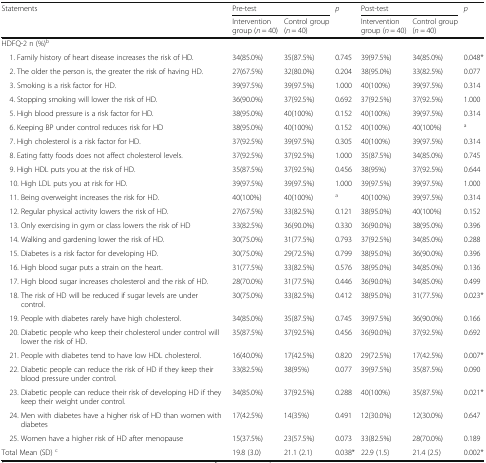
<table><thead><tr><td><b>Statements</b></td><td colspan="2"><b>Pre-test</b></td><td rowspan="2"><b><i>p</i></b></td><td colspan="2"><b>Post-test</b></td><td rowspan="2"><b><i>p</i></b></td></tr><tr><td></td><td><b>Intervention group (<i>n</i> = 40)</b></td><td><b>Control group (<i>n</i> = 40)</b></td><td><b>Intervention group (<i>n</i> = 40)</b></td><td><b>Control group (<i>n</i> = 40)</b></td></tr></thead><tbody><tr><td colspan="7">HDFQ-2 n (%)<sup>b</sup></td></tr><tr><td> 1. Family history of heart disease increases the risk of HD.</td><td>34(85.0%)</td><td>35(87.5%)</td><td>0.745</td><td>39(97.5%)</td><td>34(85.0%)</td><td>0.048*</td></tr><tr><td> 2. The older the person is, the greater the risk of having HD.</td><td>27(67.5%)</td><td>32(80.0%)</td><td>0.204</td><td>38(95.0%)</td><td>33(82.5%)</td><td>0.077</td></tr><tr><td> 3. Smoking is a risk factor for HD.</td><td>39(97.5%)</td><td>39(97.5%)</td><td>1.000</td><td>40(100%)</td><td>39(97.5%)</td><td>0.314</td></tr><tr><td> 4. Stopping smoking will lower the risk of HD.</td><td>36(90.0%)</td><td>37(92.5%)</td><td>0.692</td><td>37(92.5%)</td><td>37(92.5%)</td><td>1.000</td></tr><tr><td> 5. High blood pressure is a risk factor for HD.</td><td>38(95.0%)</td><td>40(100%)</td><td>0.152</td><td>40(100%)</td><td>39(97.5%)</td><td>0.314</td></tr><tr><td> 6. Keeping BP under control reduces risk for HD</td><td>38(95.0%)</td><td>40(100%)</td><td>0.152</td><td>40(100%)</td><td>40(100%)</td><td><sup>a</sup></td></tr><tr><td> 7. High cholesterol is a risk factor for HD.</td><td>37(92.5%)</td><td>39(97.5%)</td><td>0.305</td><td>40(100%)</td><td>39(97.5%)</td><td>0.314</td></tr><tr><td> 8. Eating fatty foods does not affect cholesterol levels.</td><td>37(92.5%)</td><td>37(92.5%)</td><td>1.000</td><td>35(87.5%)</td><td>34(85.0%)</td><td>0.745</td></tr><tr><td> 9. High HDL puts you at the risk of HD.</td><td>35(87.5%)</td><td>37(92.5%)</td><td>0.456</td><td>38(95%)</td><td>37(92.5%)</td><td>0.644</td></tr><tr><td> 10. High LDL puts you at risk for HD.</td><td>39(97.5%)</td><td>39(97.5%)</td><td>1.000</td><td>39(97.5%)</td><td>39(97.5%)</td><td>1.000</td></tr><tr><td> 11. Being overweight increases the risk for HD.</td><td>40(100%)</td><td>40(100%)</td><td><sup>a</sup></td><td>40(100%)</td><td>39(97.5%)</td><td>0.314</td></tr><tr><td> 12. Regular physical activity lowers the risk of HD.</td><td>27(67.5%)</td><td>33(82.5%)</td><td>0.121</td><td>38(95.0%)</td><td>40(100%)</td><td>0.152</td></tr><tr><td> 13. Only exercising in gym or class lowers the risk of HD</td><td>33(82.5%)</td><td>36(90.0%)</td><td>0.330</td><td>36(90.0%)</td><td>38(95.0%)</td><td>0.396</td></tr><tr><td> 14. Walking and gardening lower the risk of HD.</td><td>30(75.0%)</td><td>31(77.5%)</td><td>0.793</td><td>37(92.5%)</td><td>34(85.0%)</td><td>0.288</td></tr><tr><td> 15. Diabetes is a risk factor for developing HD.</td><td>30(75.0%)</td><td>29(72.5%)</td><td>0.799</td><td>38(95.0%)</td><td>36(90.0%)</td><td>0.396</td></tr><tr><td> 16. High blood sugar puts a strain on the heart.</td><td>31(77.5%)</td><td>33(82.5%)</td><td>0.576</td><td>38(95.0%)</td><td>34(85.0%)</td><td>0.136</td></tr><tr><td> 17. High blood sugar increases cholesterol and the risk of HD.</td><td>28(70.0%)</td><td>31(77.5%)</td><td>0.446</td><td>36(90.0%)</td><td>34(85.0%)</td><td>0.499</td></tr><tr><td> 18. The risk of HD will be reduced if sugar levels are under control.</td><td>30(75.0%)</td><td>33(82.5%)</td><td>0.412</td><td>38(95.0%)</td><td>31(77.5%)</td><td>0.023*</td></tr><tr><td> 19. People with diabetes rarely have high cholesterol.</td><td>34(85.0%)</td><td>35(87.5%)</td><td>0.745</td><td>39(97.5%)</td><td>36(90.0%)</td><td>0.166</td></tr><tr><td> 20. Diabetic people who keep their cholesterol under control will lower the risk of HD.</td><td>35(87.5%)</td><td>37(92.5%)</td><td>0.456</td><td>36(90.0%)</td><td>37(92.5%)</td><td>0.692</td></tr><tr><td> 21. People with diabetes tend to have low HDL cholesterol.</td><td>16(40.0%)</td><td>17(42.5%)</td><td>0.820</td><td>29(72.5%)</td><td>17(42.5%)</td><td>0.007*</td></tr><tr><td> 22. Diabetic people can reduce the risk of HD if they keep their blood pressure under control.</td><td>33(82.5%)</td><td>38(95%)</td><td>0.077</td><td>39(97.5%)</td><td>35(87.5%)</td><td>0.090</td></tr><tr><td> 23. Diabetic people can reduce their risk of developing HD if they keep their weight under control.</td><td>34(85.0%)</td><td>37(92.5%)</td><td>0.288</td><td>40(100%)</td><td>35(87.5%)</td><td>0.021*</td></tr><tr><td> 24. Men with diabetes have a higher risk of HD than women with diabetes</td><td>17(42.5%)</td><td>14(35%)</td><td>0.491</td><td>12(30.0%)</td><td>12(30.0%)</td><td>0.647</td></tr><tr><td> 25. Women have a higher risk of HD after menopause</td><td>15(37.5%)</td><td>23(57.5%)</td><td>0.073</td><td>33(82.5%)</td><td>28(70.0%)</td><td>0.189</td></tr><tr><td>Total Mean (SD) <sup>c</sup></td><td>19.8 (3.0)</td><td>21.1 (2.1)</td><td>0.038*</td><td>22.9 (1.5)</td><td>21.4 (2.5)</td><td>0.002*</td></tr></tbody></table>